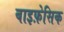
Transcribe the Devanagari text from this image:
बाइफ़ेसिक